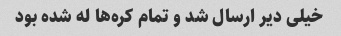
خیلی دیر ارسال شد و تمام کره‌ها له شده بود